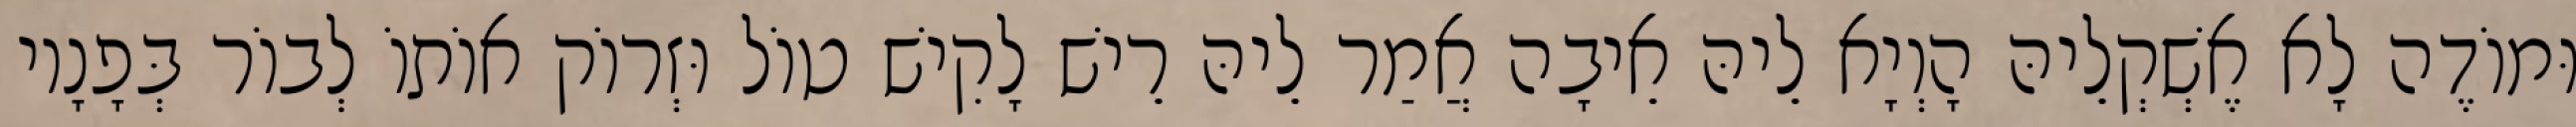
וּמוֹדֶה לָא אֶשְׁקְלֵיהּ הָוְיָא לֵיהּ אֵיבָה אֲמַר לֵיהּ רֵישׁ לָקִישׁ טוֹל וּזְרוֹק אוֹתוֹ לְבוֹר בְּפָנָיו